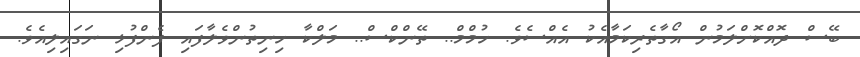
ބޭސް ދޮއްކޮށްލަމުން އޯގާތެރިކަމާއެކު އެއްސެވެ. ހުމްމް.. ތޭންކްސް.. މަލްކާ ހިނިތުންވެލާފައި ފެންފުޅި ނަގައިލިއެވެ.